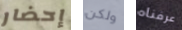
إحضار ولكن عرفناه